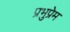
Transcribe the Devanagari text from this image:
प्रभुप्रेम